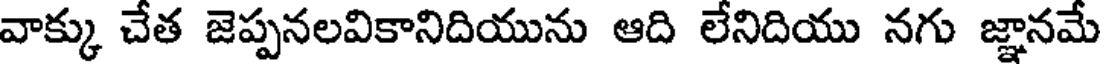
వాక్కు చేత జెప్పనలవికానిదియును ఆది లేనిదియు నగు జ్ఞానమే